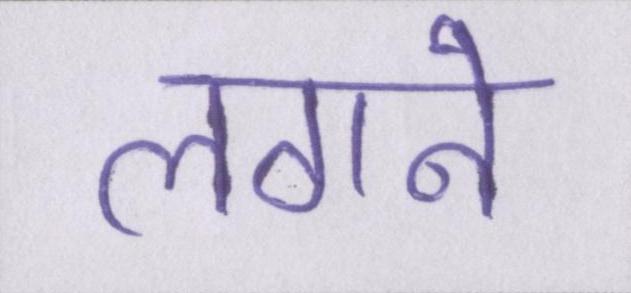
लगने